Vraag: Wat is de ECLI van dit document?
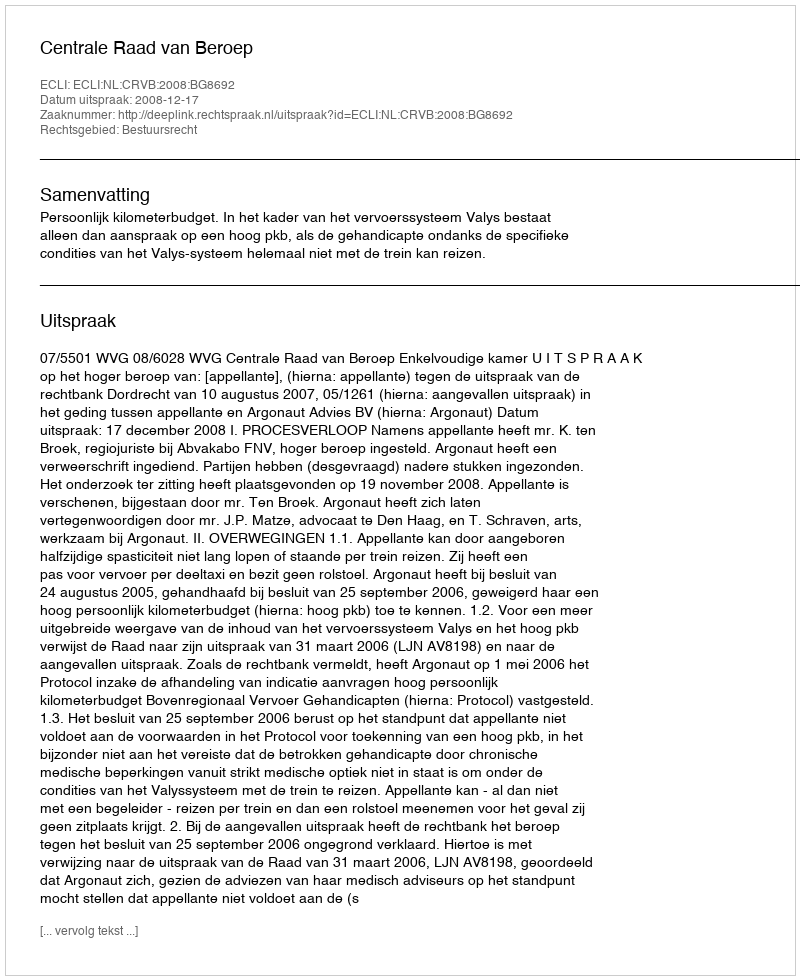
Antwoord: ECLI:NL:CRVB:2008:BG8692